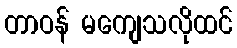
တာဝန် မကျေသလိုထင်